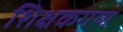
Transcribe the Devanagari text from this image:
शिक्षकगण